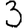
Digit: 3